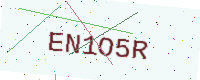
Text: EN1O5R